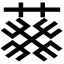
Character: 𦮙